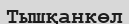
Тышқанкөл